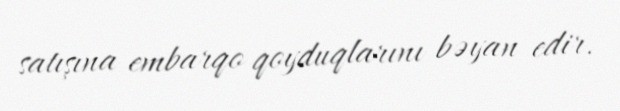
satışına embarqo qoyduqlarını bəyan edir.